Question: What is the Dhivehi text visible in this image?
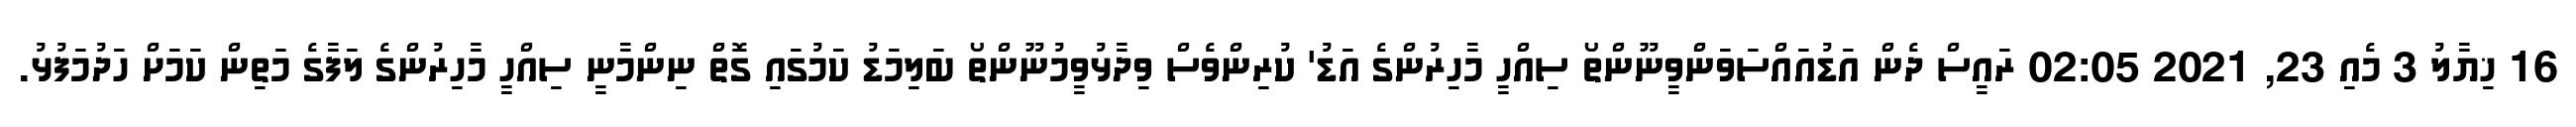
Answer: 16 ޚިޔާލު 3 މެއި 23, 2021 02:05 ރައީސް ދެން އަޑުއައްސަވަންވީނޫންތޯ ސިއްހީ މާހިރުންގެ އަޑު' ކުރިންވެސް ވިދާޅުވީމުނޫންތޯ ބަލިމަޑު ކަމުގައި ގޮތް ނިންމާނީ ސިއްހީ މާހިރުންގެ ލަފާގެ މަތިން ކަމަށް ހަދުމަފުޅު.